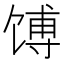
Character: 馎